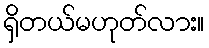
ရှိတယ်မဟုတ်လား။